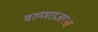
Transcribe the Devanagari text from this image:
वरुणराजाला